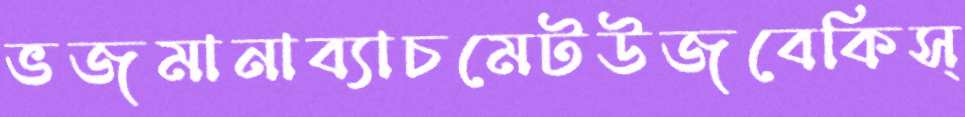
ভজমানাব্যাচমেটউজবেকিস্